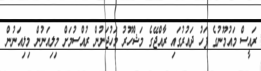
ރައީސް މައުމޫނުގެ ފަހު ދައުރުގައި ރާއްޖޭގެ މަޝްހޫރު މަހުޖަނުން ރުއްސުމަށް މިލިއަނުން މިލިއަނުން